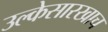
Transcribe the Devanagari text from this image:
उल्केसारखाच